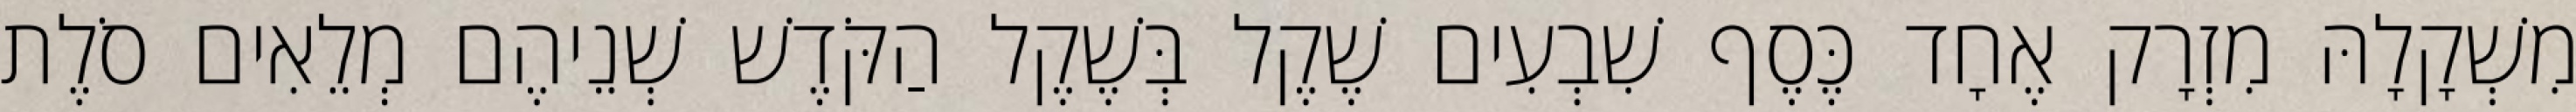
מִשְׁקָלָהּ מִזְרָק אֶחָד כֶּסֶף שִׁבְעִים שֶׁקֶל בְּשֶׁקֶל הַקֹּדֶשׁ שְׁנֵיהֶם מְלֵאִים סֹלֶת